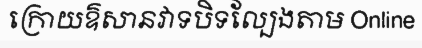
ក្រោយឱសានវាទបិទល្បែងតាម Online